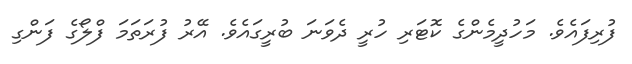
ފުރިފައެވެ. މަހުދީމެންގެ ކޮޓަރި ހުރީ ދެވަނަ ބުރީގައެވެ. އޭރު ފުރަތަމަ ފްލޯގެ ފަންގި